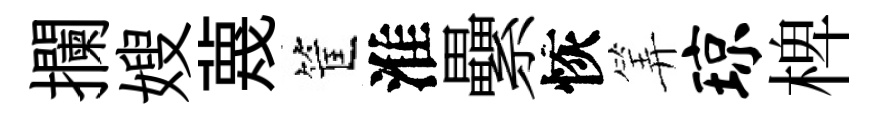
攔嫂蔑筐淮纍恢筭琼椑